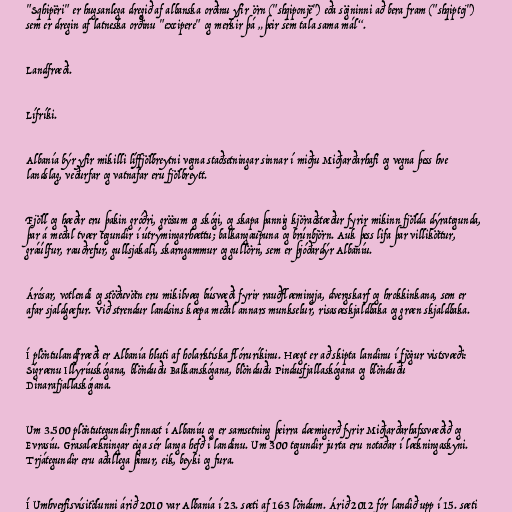
"Sqhipëri" er hugsanlega dregið af albanska orðinu yfir örn ("shqiponjë") eða sögninni að bera fram ("shqiptoj")
sem er dregin af latneska orðinu "excipere" og merkir þá „þeir sem tala sama mál“.

Landfræði.

Lífríki.

Albanía býr yfir mikilli líffjölbreytni vegna staðsetningar sinnar í miðju Miðjarðarhafi og vegna þess hve
landslag, veðurfar og vatnafar eru fjölbreytt.

Fjöll og hæðir eru þakin gróðri, grösum og skógi, og skapa þannig kjöraðstæður fyrir mikinn fjölda dýrategunda,
þar á meðal tvær tegundir í útrýmingarhættu; balkangaupuna og brúnbjörn. Auk þess lifa þar villiköttur,
gráúlfur, rauðrefur, gullsjakali, skarngammur og gullörn, sem er þjóðardýr Albaníu.

Árósar, votlendi og stöðuvötn eru mikilvæg búsvæði fyrir rauðflæmingja, dvergskarf og hrokkinkana, sem er
afar sjaldgæfur. Við strendur landsins kæpa meðal annars munkselur, risasæskjaldbaka og græn skjaldbaka.

Í plöntulandfræði er Albanía hluti af holarktíska flóruríkinu. Hægt er að skipta landinu í fjögur vistsvæði:
Sígrænu Illyríuskógana, blönduðu Balkanskógana, blönduðu Pindusfjallaskógana og blönduðu
Dinarafjallaskógana.

Um 3.500 plöntutegundir finnast í Albaníu og er samsetning þeirra dæmigerð fyrir Miðjarðarhafssvæðið og
Evrasíu. Grasalækningar eiga sér langa hefð í landinu. Um 300 tegundir jurta eru notaðar í lækningaskyni.
Trjátegundir eru aðallega þinur, eik, beyki og fura.

Í Umhverfisvísitölunni árið 2010 var Albanía í 23. sæti af 163 löndum. Árið 2012 fór landið upp í 15. sæti